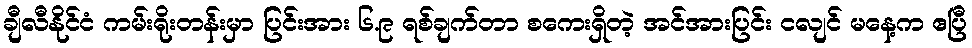
ချီလီနိုင်ငံ ကမ်းရိုးတန်းမှာ ပြင်းအား ၆.၉ ရစ်ချက်တာ စကေးရှိတဲ့ အင်အားပြင်း ငလျင် မနေ့က ဧပြီ